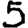
Digit: 5